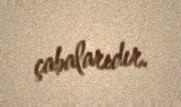
çabalarıdır.